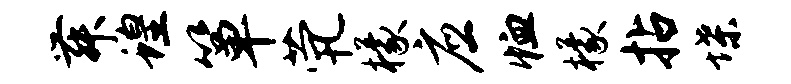
舞蝗箪茕檬应恤檬拈堞